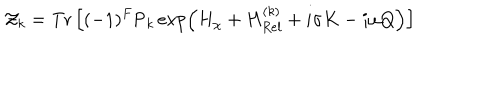
LaTeX: { \cal Z } _ { k } = \mathrm { T r } \left[ ( - 1 ) ^ { F } \mathrm { P } _ { k } \exp \left( H _ { \chi } + H _ { R e l } ^ { ( k ) } + i \sigma K - i \omega Q \right) \right]